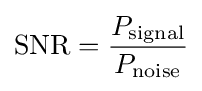
\mathrm {SNR} ={\frac {P_{\mathrm {signal} }}{P_{\mathrm {noise} }}}